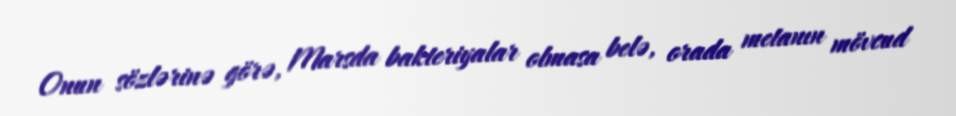
Onun sözlərinə görə, Marsda bakteriyalar olmasa belə, orada metanın mövcud